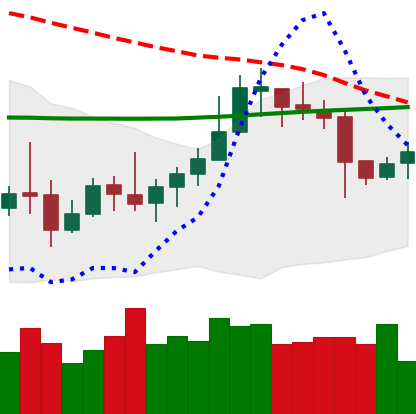
Ticker: LTC-USD
Chart end date: 2020-10-19
Forward return: 22.863%
Label: up_7plus